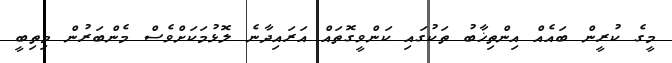
މީގެ ކުރީން ބައެއް އިންތިޚާބު ތަކުގައި ކަންވީގޮތައް އަރައިދާނެ ލޮޅުމަކަށްވެސް މެންބަރުން މިތިބީ